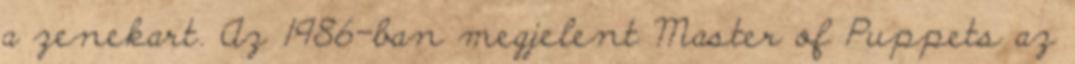
a zenekart. Az 1986-ban megjelent Master of Puppets az